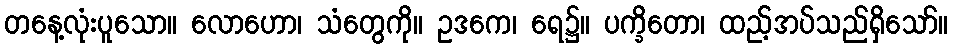
တနေ့လုံးပူသော။ လောဟော၊ သံတွေကို။ ဥဒကေ၊ ရေ၌။ ပက္ခိတော၊ ထည့်အပ်သည်ရှိသော်။